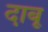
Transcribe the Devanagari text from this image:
दाबू